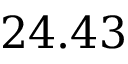
2 4 . 4 3